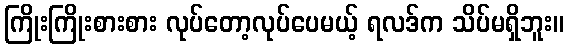
ကြိုးကြိုးစားစား လုပ်တော့လုပ်ပေမယ့် ရလဒ်က သိပ်မရှိဘူး။